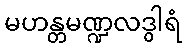
မဟန္တမဏ္ဍလဒွါရံ